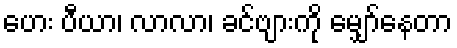
ဟေး ပီယာ၊ လာလာ၊ ခင်ဗျားကို မျှော်နေတာ